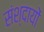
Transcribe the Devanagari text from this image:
संश्दायों